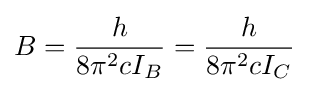
B={h \over {8\pi ^{2}cI_{B}}}={h \over {8\pi ^{2}cI_{C}}}